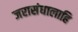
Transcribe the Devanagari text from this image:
जरासंधालाहि